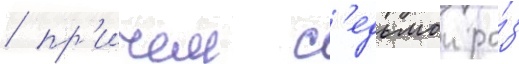
/ пр'ичем с'едьмои ра́з